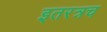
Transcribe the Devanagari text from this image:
इतरत्रच